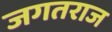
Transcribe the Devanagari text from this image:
जगतराज